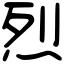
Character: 烈